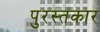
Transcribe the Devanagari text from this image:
पुरस्तकार